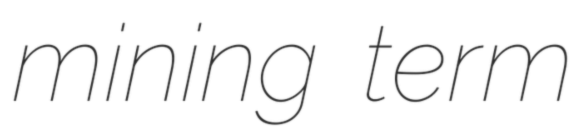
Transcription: mining term